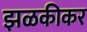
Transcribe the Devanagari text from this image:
झळकीकर